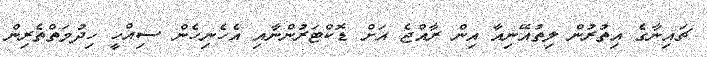
ޗައިނާގެެ އިތުރުން ލިތުއޭނިއާ އިން ރާއްޖެ އަށް ޑޮކްޓަރުންނާއި އެހެނިހެން ސިއްހީ ހިދުމަތްތެރިން